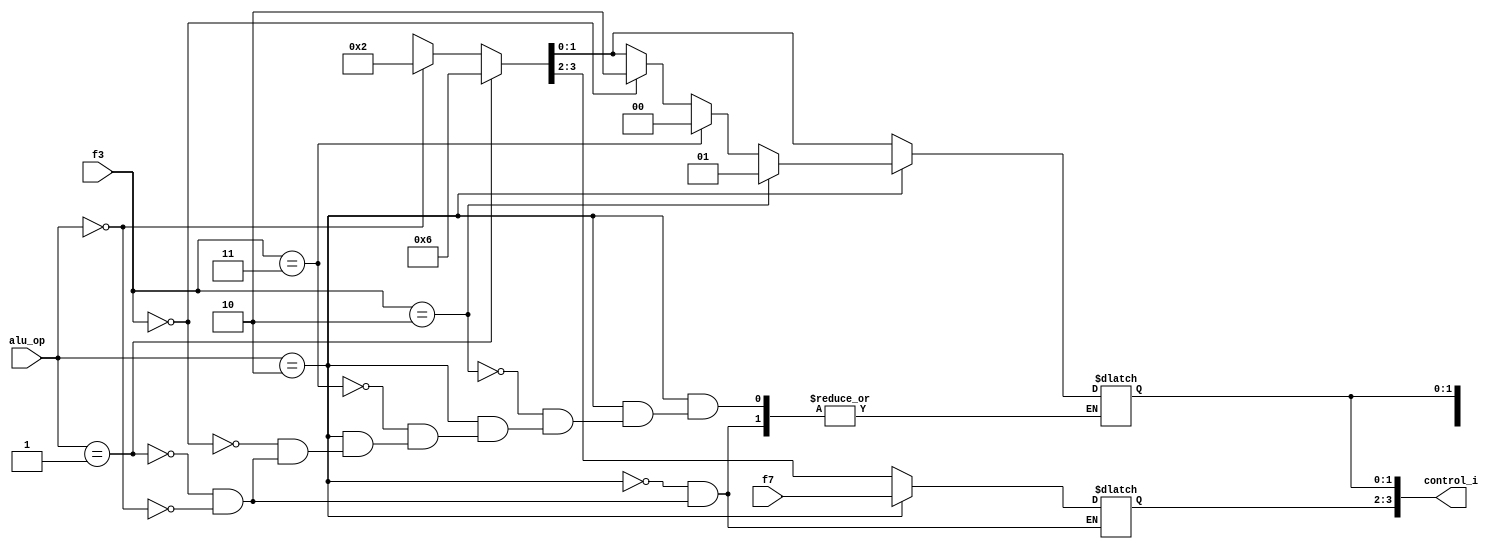
// Assignment by Narayan G 17CO225 and Dhanasekhar M 17CO214
// Date - 25-10-2018
// ALU control unit

module alu_cu(alu_op, f3, f7, control_i);

	input [1:0] alu_op;
	input [1:0] f3;																					//Only last two bits of func3 is taken into account
	input [1:0] f7;																					//Only first two bits of func7 are taken into account
	output [3:0] control_i;
	reg [3:0] control_i;

	always @(alu_op, f3, f7, control_i)
	begin
		if(alu_op == 2'b00) begin
			control_i = 4'b0010;
		end
	

		if(alu_op == 2'b01) begin
			control_i = 4'b0110;
		end
		
		
		if(alu_op == 2'b10) begin
			if(f3 == 2'b00) begin
				control_i[1:0] = 2'b10;
				end
			if(f3 == 2'b11) begin
				control_i[1:0] = 2'b00;
				end
			if(f3 == 2'b10) begin
				control_i[1:0] = 2'b01;
				end
			control_i[3:2] = f7[1:0];																//The two bits of func7 are used to represent a_invert and b_invert
		end
	end
endmodule